Civil Veterinary Dept. Assam report 1927-50 - 1927-1950
Year: 1927
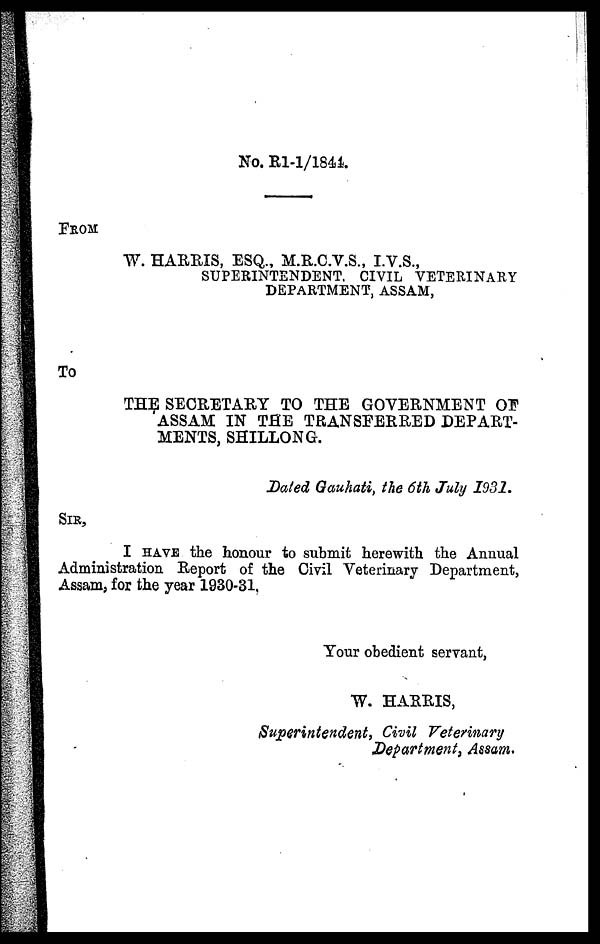
No. R1-1/1844.
No. R1-1/1844.
FROM
W. HARRIS, ESQ., M.R.C.V.S., I.V.S.,
SUPERINTENDENT, CIVIL VETERINARY
DEPARTMENT, ASSAM,
To
THE SECRETARY TO THE GOVERNMENT OF
ASSAM IN THE TRANSFERRED DEPART-
MENTS, SHILLONG.
Dated Gauhati, the 6th July 1931.
SIR,
I HAVE the honour to submit herewith the Annual
Administration Report of the Civil Veterinary Department,
Assam, for the year 1930-31,
Your obedient servant,
W. HARRIS,
Superintendent, Civil Veterinary
Department, Assam.